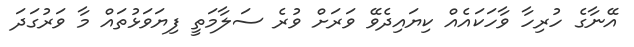
އޭނާގެ ހުރިހާ ވާހަކައެއް ކިޔައިދެވޭ ވަރަށް ވުރެ ސަލާމަތީ ފިޔަވަޅުތައް މާ ވަރުގަދަ